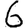
Digit: 6